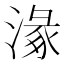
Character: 𣺵